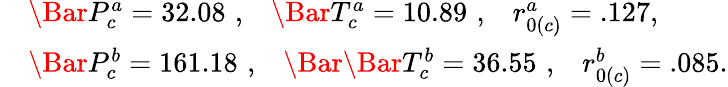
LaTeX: \begin{array}{rl}&{\Bar{P}_{c}^{a}=32.08\, \, ,\, \, \, \, \, \Bar{T}_{c}^{a}=10.89\, \, ,\, \, \, \, \, r_{0(c)}^{a}=.127,}\\ &{\Bar{P}_{c}^{b}=161.18\, \, ,\, \, \, \, \, \Bar{\Bar{T}_{c}^{b}}=36.55\, \, ,\, \, \, \, \, r_{0(c)}^{b}=.085.}\end{array}